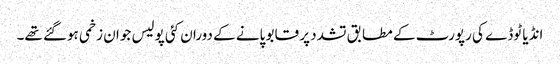
انڈیا ٹوڈے کی رپورٹ کے مطابق تشدد پر قابو پانے کے دوران کئی پولیس جوان زخمی ہوگئے تھے۔